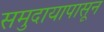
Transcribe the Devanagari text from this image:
समुदायापासून